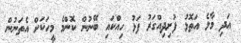
އަދި މާލެ އަތޮޅު ފުށިދިއްގަރު ފަޅު ހިއްކައި ބޭނުން ކޮންމެ މީހަކަށް އެތަނުން